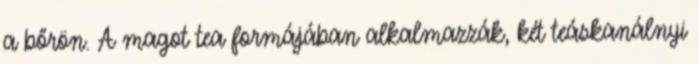
a bőrön. A magot tea formájában alkalmazzák, két teáskanálnyi